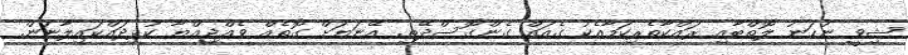
ޝިވީ ނުހަނު ލޮތްބާއި ރައްކާތެރިކަމާއެކު ގެއައް ގެންގޮސްދޭތި. އޭނަޔަށް ގޮތެއް ވެއްޖިއްޔާ ކުޅިދައްކައިލާނަން.